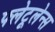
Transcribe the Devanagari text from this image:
फ्लेटूलेन्स